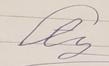
Signature authenticity: forged